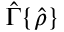
\hat { \Gamma } \{ \hat { \rho } \}